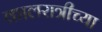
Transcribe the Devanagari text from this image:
कालरात्रीच्या